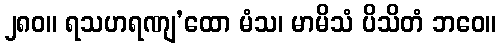
၂၈၀။ ရသဟရဏျ’ထော မံသ၊ မာမိသံ ပိသိတံ ဘဝေ။